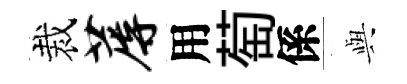
裁蓐用萄係𫤰